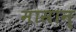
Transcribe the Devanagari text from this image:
मासान्